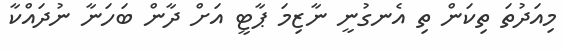
މިއަދުތަ ތިކަން ތި އެނގުނީ ނާޒިމަ ޕާޓީ އަށް ދާން ބަހަނާ ނުދައްކާ